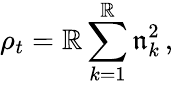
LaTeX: \rho_{t}=\mathbb{R}\sum_{k=1}^{\mathbb{R}}\mathfrak{{n}}_{k}^{2}\, ,